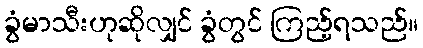
ခွံမာသီးဟုဆိုလျှင် ခွံတွင် ကြည့်ရသည်။